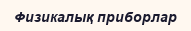
Физикалық приборлар